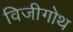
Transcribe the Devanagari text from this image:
विजीगोथ